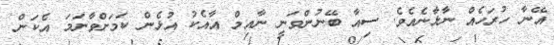
އޭނާ ހުރަހެއް ނާޅާނެއެވެ. ސިއާ ބޭނުންވަނީ ނާއިމް އާއެކު އުޅެން ކަމަށްވާނަމަ އެކަން